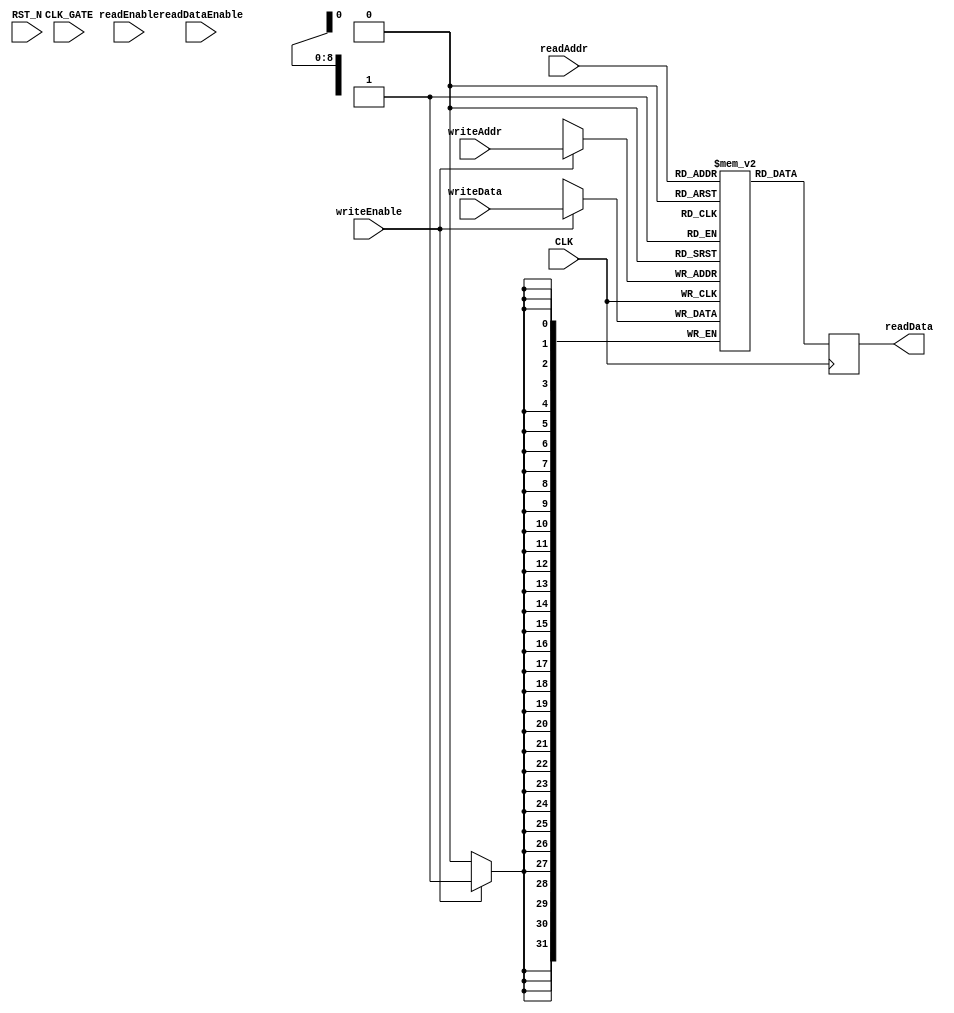
//
// Dual-port RAM with false synchronous read.  We do not connect the read
// output of the port used for writing.
//
// Xst seems not to infer block RAM using the synchronous read examples
// given in the manual, so we use the false synchronous version.
//

(* ram_style = "block" *)

module Bram
(
    CLK,
    RST_N,
    CLK_GATE,
    readEnable,
    readAddr,
    readData,
    readDataEnable,
    writeEnable,
    writeAddr,
    writeData
);
    parameter dataSize = 32;
    parameter addrSize = 9;
    parameter numRows = 512;

    input CLK, RST_N, CLK_GATE;
    input  readEnable;
    input  [addrSize-1:0] readAddr;
    output [dataSize-1:0] readData;
    input  readDataEnable;
    input  writeEnable;
    input  [addrSize-1:0] writeAddr;
    input  [dataSize-1:0] writeData;

    reg [dataSize-1:0] readData;
    reg [dataSize-1:0] ram [numRows-1:0];

    always@(posedge CLK)
    begin
        if(writeEnable)
            ram[writeAddr] <= writeData;
        readData <= ram[readAddr];
    end

endmodule